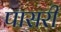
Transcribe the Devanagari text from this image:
पासरी